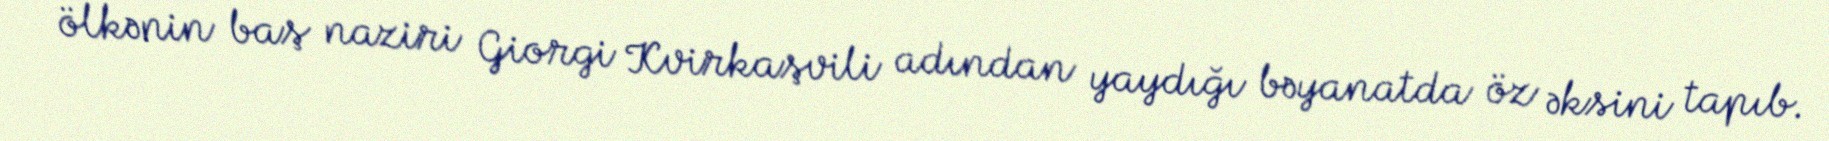
ölkənin baş naziri Giorgi Kvirkaşvili adından yaydığı bəyanatda öz əksini tapıb.